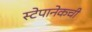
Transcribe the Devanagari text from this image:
स्टेपानेकची